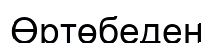
Өртөбеден